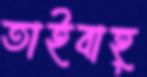
তাইবাহ্